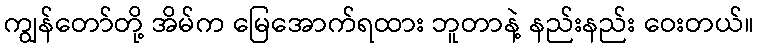
ကျွန်တော်တို့ အိမ်က မြေအောက်ရထား ဘူတာနဲ့ နည်းနည်း ဝေးတယ်။